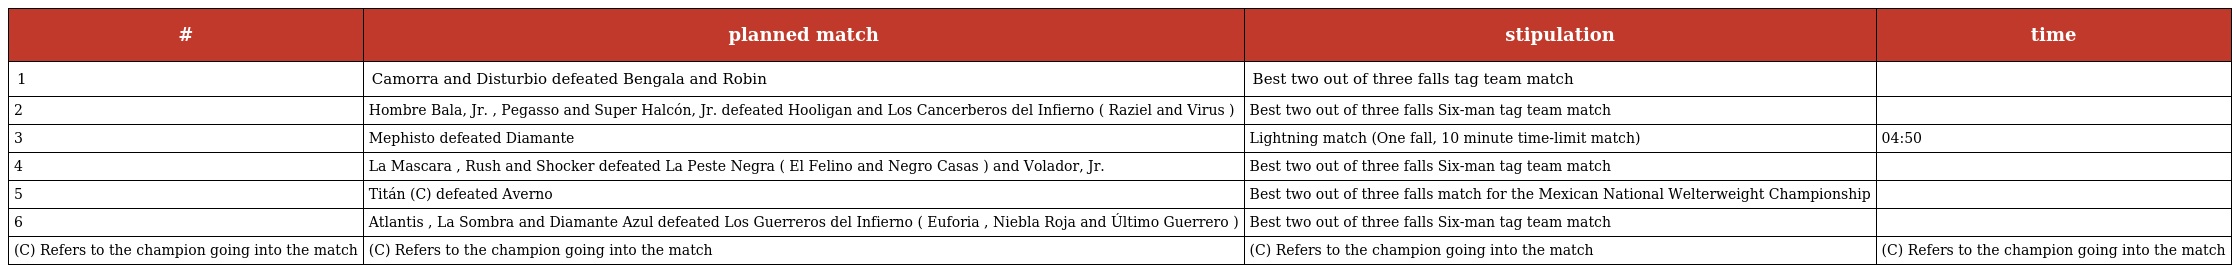
| # | planned match | stipulation | time |
 | --- | --- | --- | --- |
 | 1 | Camorra and Disturbio defeated Bengala and Robin | Best two out of three falls tag team match |  |
 | 2 | Hombre Bala, Jr. , Pegasso and Super Halcón, Jr. defeated Hooligan and Los Cancerberos del Infierno ( Raziel and Virus ) | Best two out of three falls Six-man tag team match |  |
 | 3 | Mephisto defeated Diamante | Lightning match (One fall, 10 minute time-limit match) | 04:50 |
 | 4 | La Mascara , Rush and Shocker defeated La Peste Negra ( El Felino and Negro Casas ) and Volador, Jr. | Best two out of three falls Six-man tag team match |  |
 | 5 | Titán (C) defeated Averno | Best two out of three falls match for the Mexican National Welterweight Championship |  |
 | 6 | Atlantis , La Sombra and Diamante Azul defeated Los Guerreros del Infierno ( Euforia , Niebla Roja and Último Guerrero ) | Best two out of three falls Six-man tag team match |  |
 | (C) Refers to the champion going into the match | (C) Refers to the champion going into the match | (C) Refers to the champion going into the match | (C) Refers to the champion going into the match |